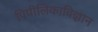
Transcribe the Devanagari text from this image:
पिपीलिकाविज्ञान